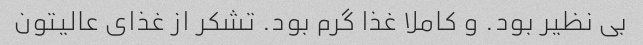
بی نظیر بود. و کاملا غذا گرم بود. تشکر از غذای عالیتون